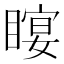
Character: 𥉛